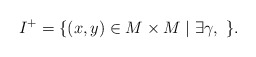
\begin{align*}I^+ = \{ (x,y)\in M\times M \mid \exists \gamma,~ \} .\end{align*}